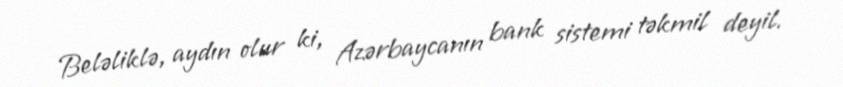
Beləliklə, aydın olur ki, Azərbaycanın bank sistemi təkmil deyil.